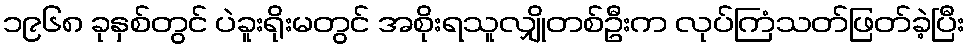
၁၉၆၈ ခုနှစ်တွင် ပဲခူးရိုးမတွင် အစိုးရသူလျှိုတစ်ဦးက လုပ်ကြံသတ်ဖြတ်ခဲ့ပြီး